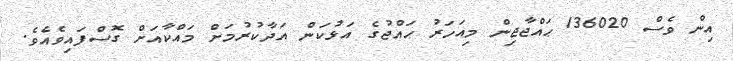
އިން ވެސް 136020 ޙައްޖާޖިން މިއަހަރު ޙައްޖުގެ އަޅުކަން އަދާކުރުމަށް މައްކާއަށް ގޮސްފައިވެއެވެ.